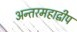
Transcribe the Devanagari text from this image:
अन्तरमहाद्वीप